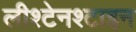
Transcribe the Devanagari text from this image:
लीश्टेनश्टाइन